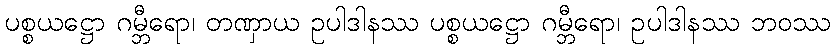
ပစ္စယဋ္ဌော ဂမ္ဘီရော၊ တဏှာယ ဥပါဒါနဿ ပစ္စယဋ္ဌော ဂမ္ဘီရော၊ ဥပါဒါနဿ ဘဝဿ